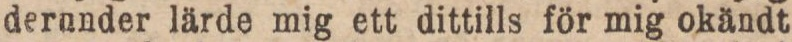
derunder lärde mig ett dittills för mig okändt